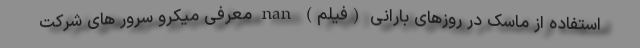
استفاده از ماسک در روزهای بارانی (فیلم) nan معرفی میکرو سرور های شرکت